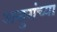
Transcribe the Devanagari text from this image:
असुरांच्या